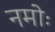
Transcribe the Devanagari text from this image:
नमोः